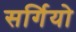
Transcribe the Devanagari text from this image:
सर्गियो